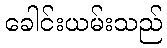
ခေါင်းယမ်းသည်